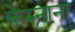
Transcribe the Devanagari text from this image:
केरुनाना